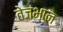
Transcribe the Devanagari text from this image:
तेजभान